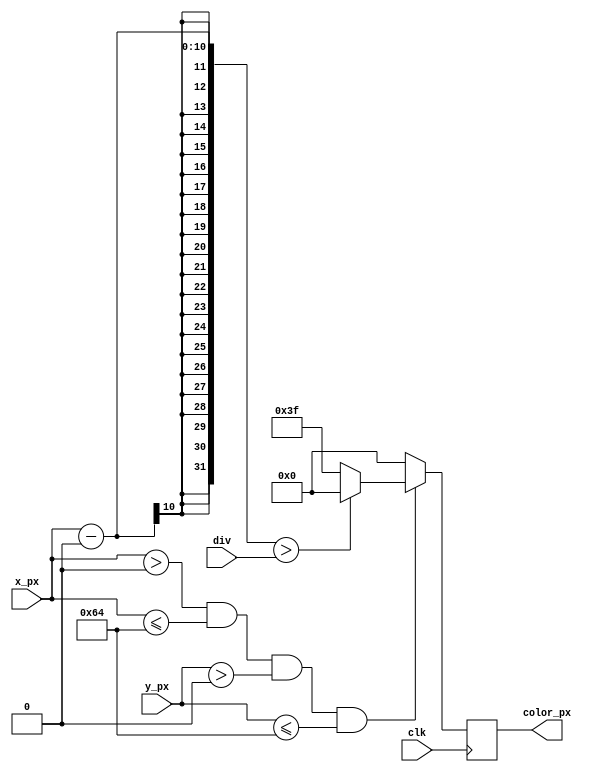
module color_sq
#(
    parameter x_off = 0,
    parameter y_off = 0,
    parameter w = 100,
    parameter h = 100,
    parameter color1 = 6'b000000,
    parameter color2 = 6'b111111
)
(
    input wire        clk,        // System clock.
    input wire [9:0]  x_px,       // X position actual pixel.
    input wire [9:0]  y_px,       // Y position actual pixel.
    output reg [5:0]  color_px,    // Actual pixel color.
    input wire [9:0]  div           // where to divide
);

    always @(posedge clk)
    begin
        // If we're inside the square
        if ((x_px > x_off) && (x_px <= x_off + w) && (y_px > y_off) && (y_px <= y_off + h))   
        begin
            if((x_px - x_off ) > div)
                color_px <= color1;
            else
                color_px <= color2;
        end
        else
           color_px <= 0;
    end

endmodule